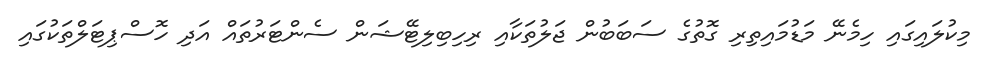
މިކުލައިގައި ހިމެނޭ މަޑުމައިތިރި ގޮތުގެ ސަބަބުން ޖަލުތަކާއި ރިހިބިލިޓޭޝަން ސެންޓަރުތައް އަދި ހޮސްޕިޓަލްތަކުގައި